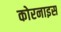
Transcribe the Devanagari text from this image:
कोरनाइस